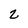
Character: 2